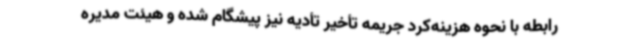
رابطه با نحوه هزینه‌کرد جریمه تأخیر تأدیه نیز پیشگام شده و هیئت مدیره